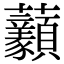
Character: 𧆈